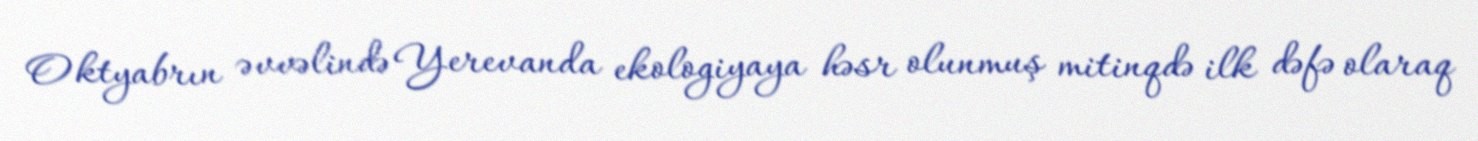
Oktyabrın əvvəlində Yerevanda ekologiyaya həsr olunmuş mitinqdə ilk dəfə olaraq